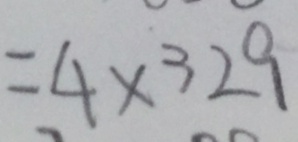
= 4 \times 3 2 9